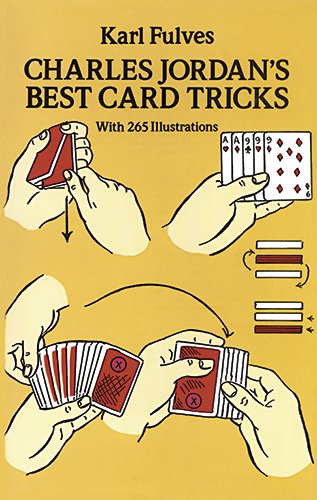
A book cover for Charles Jordan's Best Card Tricks: With 265 Illustrations (Dover Magic Books); Karl Fulves; Humor & Entertainment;